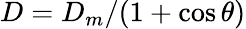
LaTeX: D={D_{m}}/{(1+\cos\theta)}